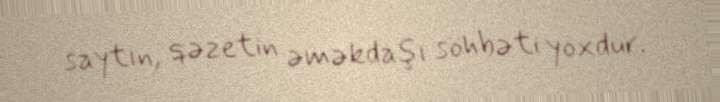
saytın, qəzetin əməkdaşı söhbəti yoxdur.